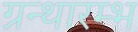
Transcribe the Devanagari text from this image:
ग्रन्थारम्भ